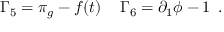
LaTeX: \Gamma _ { 5 } = \pi _ { g } - f ( t ) \, \, \, \, \, \, \, \Gamma _ { 6 } = \partial _ { 1 } \phi - 1 \, \, \, .